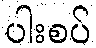
ပါးစပ်